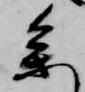
参